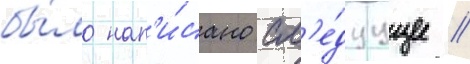
бы́ло нап'и́сано сл'е́дуущее //